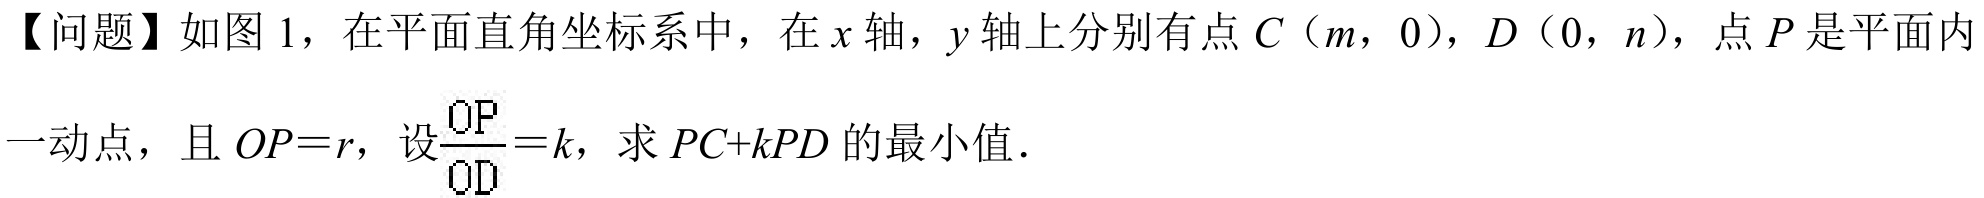
【问题】如图 1，在平面直角坐标系中，在 \(x\) 轴，\(y\) 轴上分别有点 \(C(m,0)\)，\(D(0,n)\)，点 \(P\) 是平面内一动点，且 \(OP = r\)，设\(\frac{OP}{OD}=k\)，求 \(PC + kPD\) 的最小值．